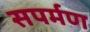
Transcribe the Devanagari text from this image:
सपर्मण